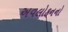
અવલોકનનો